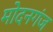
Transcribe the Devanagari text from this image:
मोदनगंज